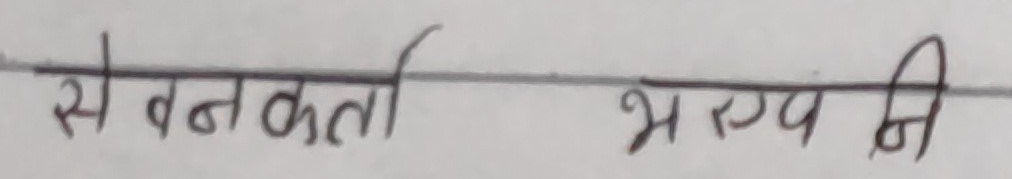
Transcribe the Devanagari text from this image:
सेवनकर्त्ता भरयंनि